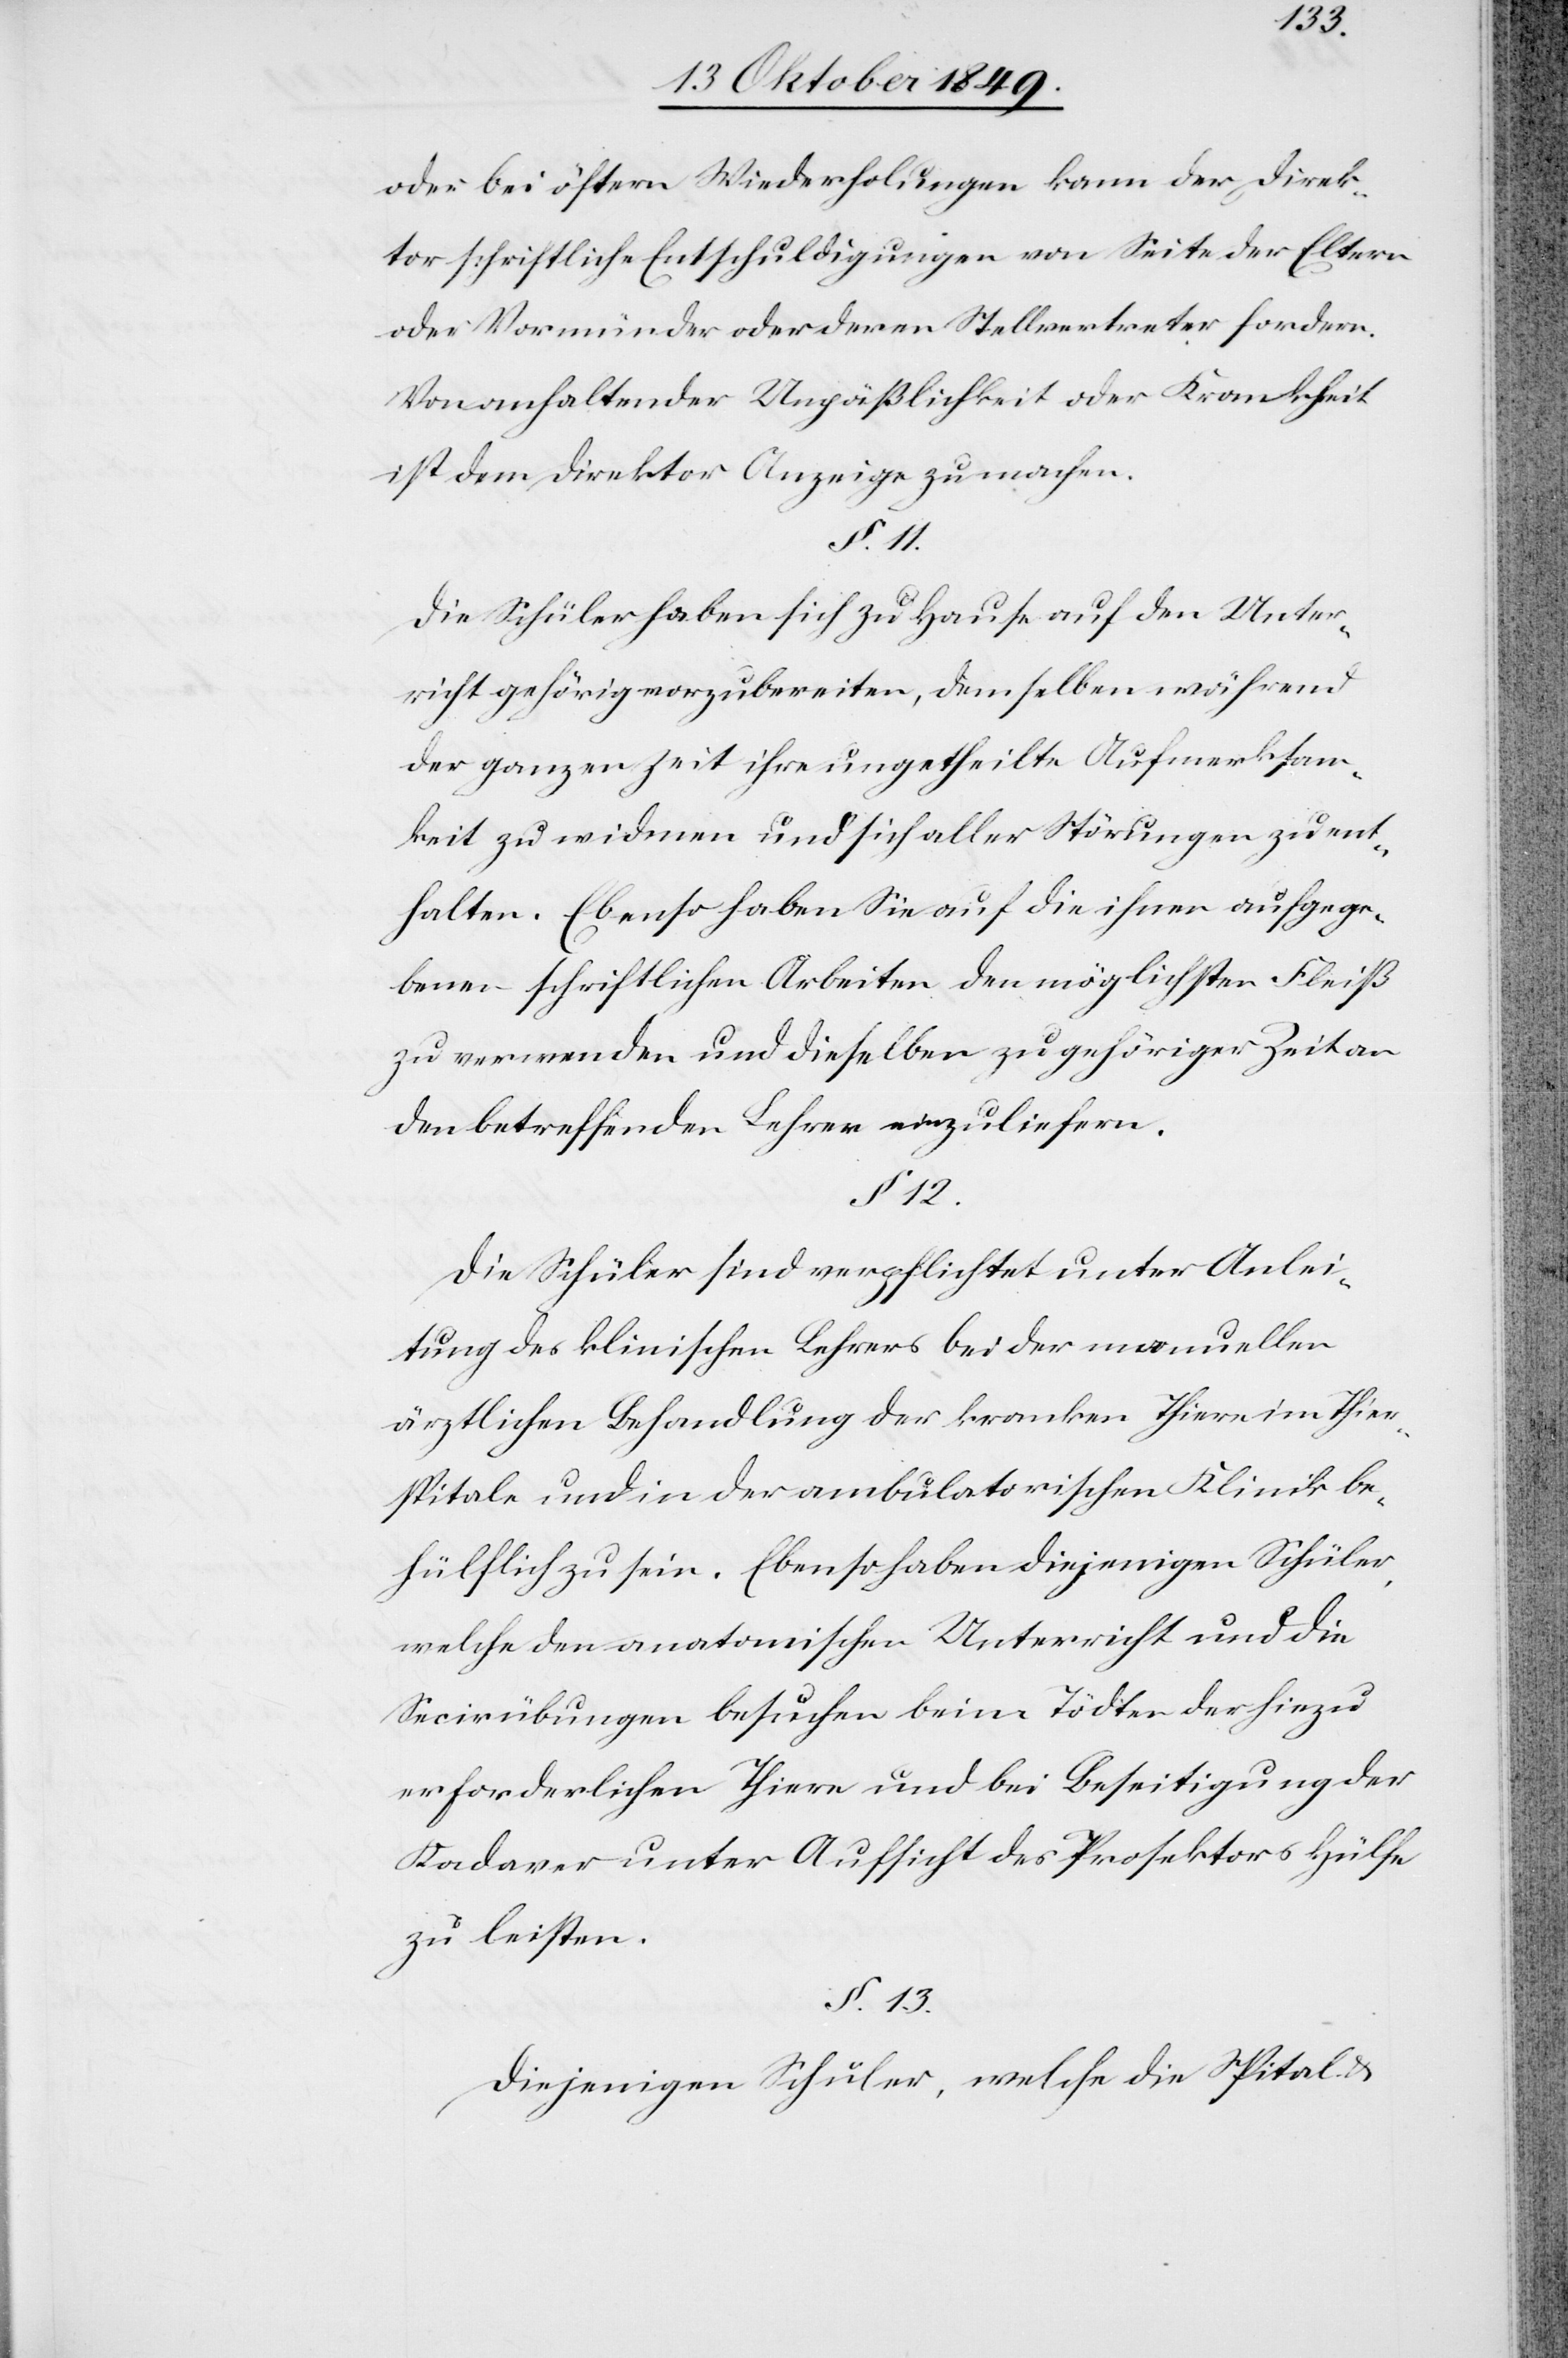
oder bei öftern Wiederholungen kann der Direk¬
tor schriftlich Entschuldigungen von Seite der Eltern
oder Vormünder oder deren Stellvertreter fordern.
Von anhaltender Unpäßlichkeit oder Krankheit
ist dem Direktor Anzeige zu machen.
§ 11.
Die Schüler haben sich zu Hause auf den Unter¬
richt gehörig vorzubereiten, demselben während
der ganzen Zeit ihre ungetheilte Aufmerksam¬
keit zu widmen und sich aller Störungen zu ent¬
halten. Ebenso haben Sie auf die ihnen aufgege¬
benen schriftlichen Arbeiten den möglichsten Fleiß
zu verwenden und dieselben zu gehöriger Zeit an
den betreffenden Lehrer einzuliefern.
§ 12.
Die Schüler sind verpflichtet unter Anlei¬
tung des klinischen Lehrers bei der manuellen
ärztlichen Behandlung der kranken Thiere im Thier¬
spitale und in der ambulatorischen Klinik be¬
hülflich zu sein. Ebenso haben diejenigen Schüler
welche den anatomischen Unterricht und die
Secirübungen besuchen beim Tödten der hiezu
erforderlichen Thiere und bei Beseitigung der
Kadaver unter Aufsicht des Prosektors Hülfe
zu leisten.
§ 13.
Diejenigen Schüler, welche die Spital- u.